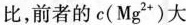
比，前者的c(Mg^{2+})大